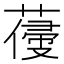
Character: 𦺭